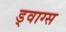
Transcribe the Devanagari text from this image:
ड्वाग्स